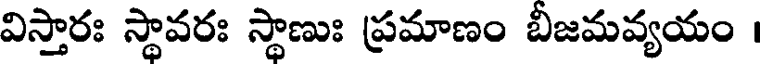
విస్తారః స్థావరః స్థాణుః ప్రమాణం బీజమవ్యయం ।